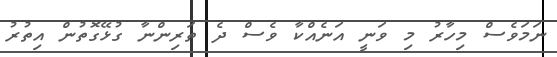
ނަމަވެސް މިހާރު މި ވަނީ އަނެއްކާ ވެސް ދެ ތަރިންނާ ގުޅޭގޮތުން އިތުރު